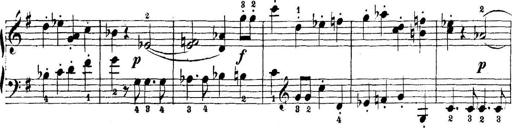
Title: 5 Sonatinas
Composer: Theodor Kirchner